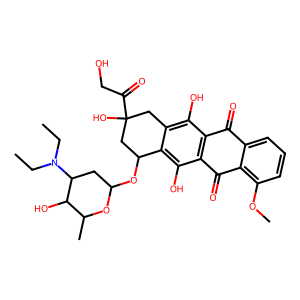
SMILES: CCN(CC)C1CC(OC2CC(O)(C(=O)CO)Cc3c(O)c4c(c(O)c32)C(=O)c2c(OC)cccc2C4=O)OC(C)C1O
Inhibits HIV replication: No